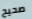
صحيح